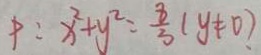
P : x ^ { 2 } + y ^ { 2 } = \frac { 8 } { 3 } ( y \neq 0 )